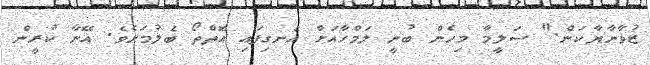
ޒުވާނާޔާކަން." ސަލީމާ މިހެން ބުނީ ލަމްހާއަށް އެނގިފައި އޮތްތޯ ބެލުމަށެވެ. އޭނާ ކުރީން